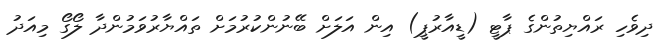
ދިވެހި ރައްޔިތުންގެ ޕާޓީ (ޑީއާރުޕީ) އިން އަލަށް ބޭނުންކުރުމަށް ތައްޔާރުވަމުންދާ ލޯގޯ މިއަދު